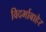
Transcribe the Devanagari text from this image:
विदर्भाबाहेर